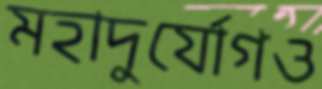
মহাদুর্যোগও